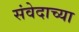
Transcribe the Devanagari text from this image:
संवेदाच्या